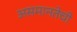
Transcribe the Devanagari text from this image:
असमानतेची